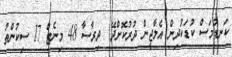
ކަނޑުމަސް ކުޑަކުދިން އެލާޖީން ދުރުކޮށްދޭ  ދިރާސާ 48 މިނެޓް 17 ސިކުންތު